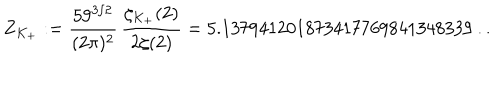
LaTeX: Z _ { K _ { + } } : = \frac { 5 9 ^ { 3 / 2 } } { ( 2 \pi ) ^ { 2 } } \, \frac { \zeta _ { K _ { + } } ( 2 ) } { 2 \zeta ( 2 ) } = 5 . 1 3 7 9 4 1 2 0 1 8 7 3 4 1 7 7 6 9 8 4 1 3 4 8 3 3 9 \ldots